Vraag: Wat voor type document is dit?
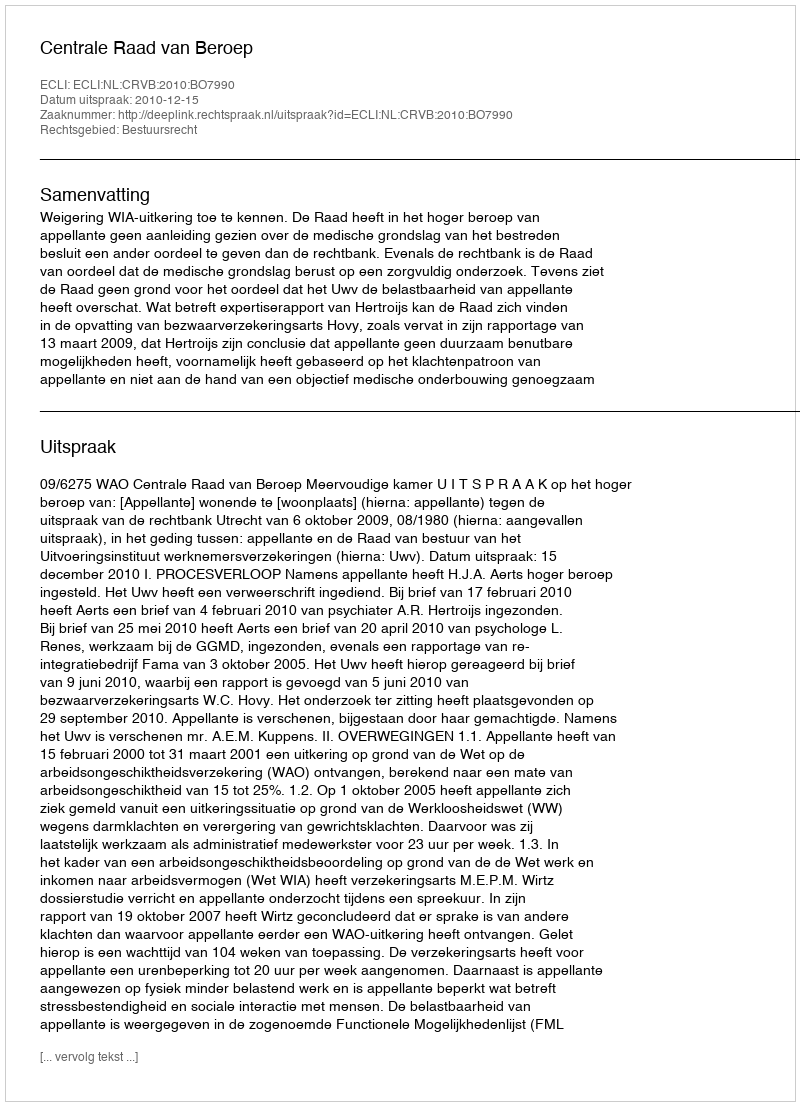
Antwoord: Uitspraak